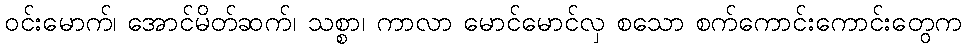
ဝင်းမောက်၊ အောင်မိတ်ဆက်၊ သစ္စာ၊ ကာလာ မောင်မောင်လှ စသော စက်ကောင်းကောင်းတွေက